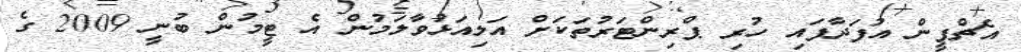
އެޗްޕީން އުފަދާފައި ހުރި ޕްރިންޓަރުތަކަށް އަލިއަޅުވާލަމުން އެ ޓީމުން ބުނީ 2009 ގެ